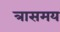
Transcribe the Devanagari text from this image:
त्रासमय